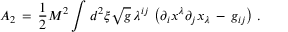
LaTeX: { \cal A } _ { 2 } \, = \, \frac { 1 } { 2 } M ^ { 2 } \int _ { } ^ { } d ^ { 2 } \xi \sqrt { g } \, \lambda ^ { i j } \, \left( \partial _ { i } x ^ { \lambda } \partial _ { j } x _ { \lambda } \, - \, g _ { i j } \right) \, { . }